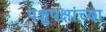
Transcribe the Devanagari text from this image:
पशुपक्षांच्या